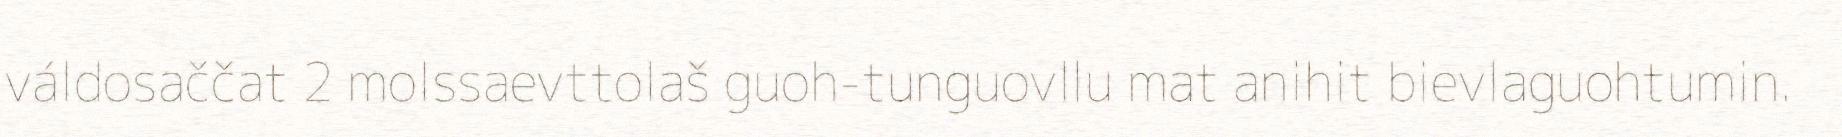
váldosaččat 2 molssaevttolaš guoh-tunguovllu mat anihit bievlaguohtumin.